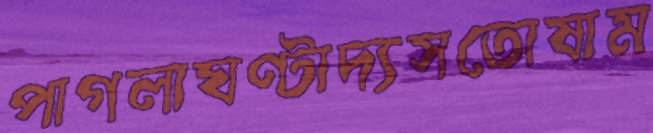
পাগলাঘণ্টাদ্যসতোষাম